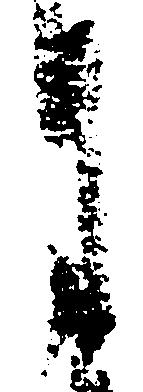
月